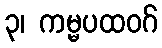
၃၊ ကမ္မပထဝဂ်